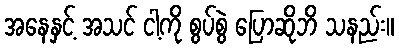
အနေနှင့် အသင် ငါ့ကို စွပ်စွဲ ပြောဆိုဘိ သနည်း။